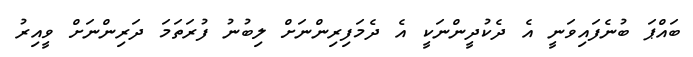
ބައްޕަ ބުނެފައިވަނީ އެ ދެކުދީންނަކީ އެ ދެމަފިރިންނަށް ލިބުނު ފުރަތަމަ ދަރިންނަށް ވީއިރު